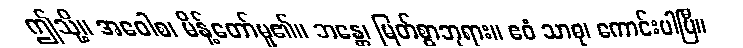
ဤသို့။ အဝေါစ၊ မိန့်တော်မူ၏။ ဘန္တေ၊ မြတ်စွာဘုရား။ ဧဝံ သာဓု၊ ကောင်းပါပြီ။